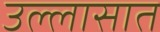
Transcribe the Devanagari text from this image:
उल्लासात